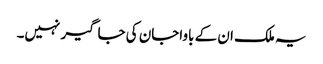
یہ ملک ان کے باواجان کی جاگیر نہیں۔